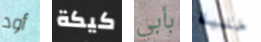
أود كيكة بأبي خلية